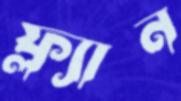
ফ্ল্যান